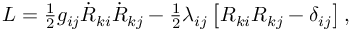
\begin{array} { r } { L = \frac 1 2 g _ { i j } \dot { R } _ { k i } \dot { R } _ { k j } - \frac 1 2 \lambda _ { i j } \left[ R _ { k i } R _ { k j } - \delta _ { i j } \right] , } \end{array}